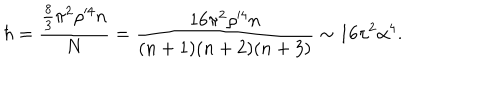
\hbar = \frac { \frac { 8 } { 3 } \pi ^ { 2 } \rho ^ { \prime 4 } n } { N } = \frac { 1 6 \pi ^ { 2 } \rho ^ { \prime 4 } n } { ( n + 1 ) ( n + 2 ) ( n + 3 ) } \sim 1 6 \pi ^ { 2 } \alpha ^ { 4 } .